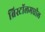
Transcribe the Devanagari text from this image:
ब्रिस्टॉलमधील